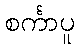
စင်္ကာပူ